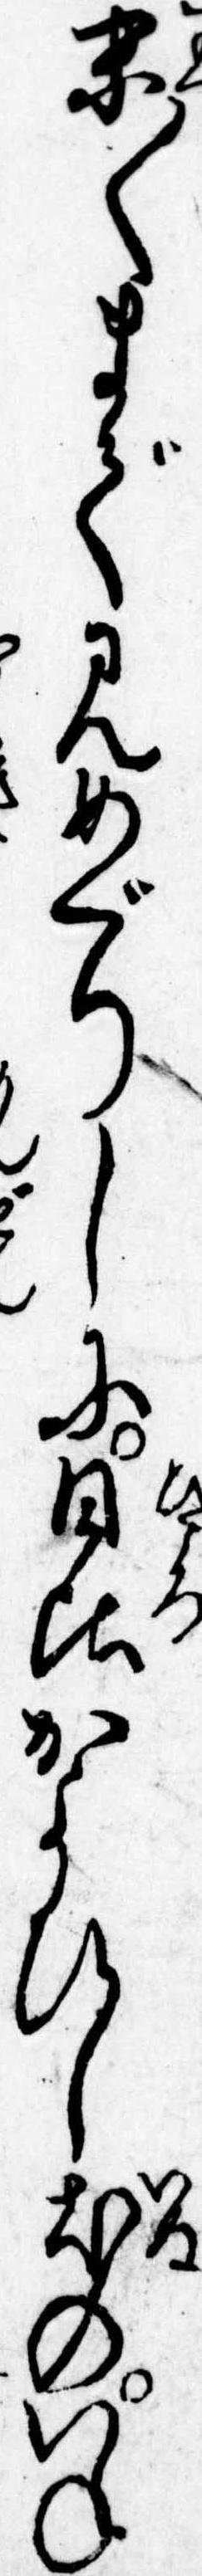
末〱まで見めぐりしに日比かよひし犬のいね